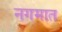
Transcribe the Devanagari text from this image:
नगमात